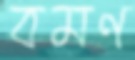
বমণ